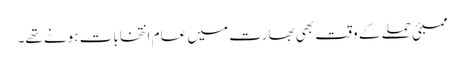
ممبئی حملے کے وقت بھی بھارت میں عام انتخابات ہونے تھے۔